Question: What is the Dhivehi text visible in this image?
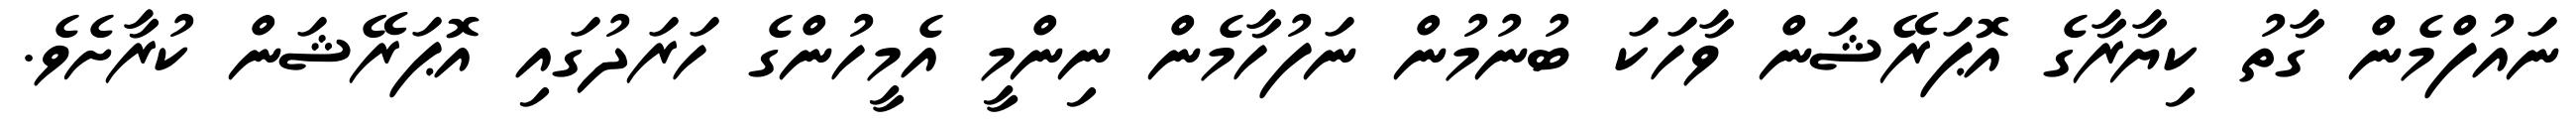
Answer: ނައުފްމެން ގާތު ކިޔާރާގެ އޮޕަރޭޝަން ވާހަކަ ބުނުމުން ނަފުހާމެން ނިންމީ އެމީހުންގެ ހަރަދުގައި އޮޕަރޭޝަން ކުރާށެވެ.